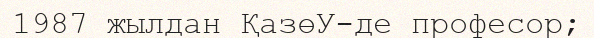
1987 жылдан ҚазөУ-де професор;